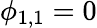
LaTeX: \phi_{1,1}=0